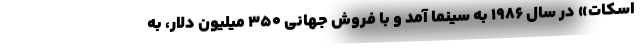
اسکات» در سال ۱۹۸۶ به سینما آمد و با فروش جهانی ۳۵۰ میلیون دلار، به